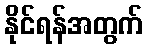
နိုင်ရန်အတွက်